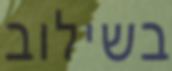
בשילוב